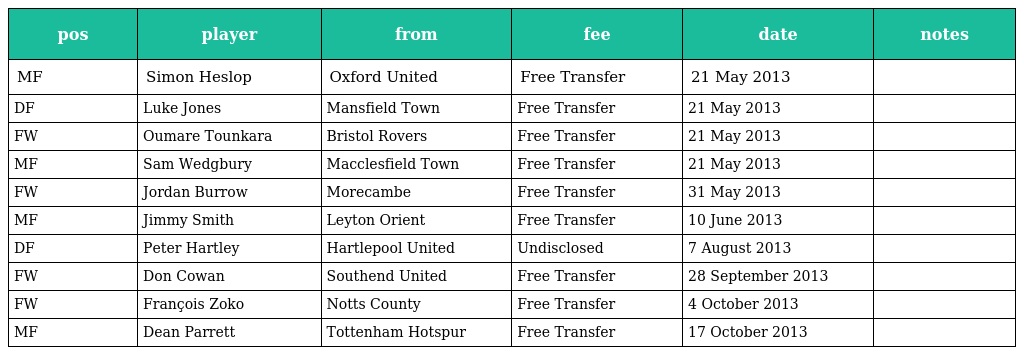
| pos | player | from | fee | date | notes |
 | --- | --- | --- | --- | --- | --- |
 | MF | Simon Heslop | Oxford United | Free Transfer | 21 May 2013 |  |
 | DF | Luke Jones | Mansfield Town | Free Transfer | 21 May 2013 |  |
 | FW | Oumare Tounkara | Bristol Rovers | Free Transfer | 21 May 2013 |  |
 | MF | Sam Wedgbury | Macclesfield Town | Free Transfer | 21 May 2013 |  |
 | FW | Jordan Burrow | Morecambe | Free Transfer | 31 May 2013 |  |
 | MF | Jimmy Smith | Leyton Orient | Free Transfer | 10 June 2013 |  |
 | DF | Peter Hartley | Hartlepool United | Undisclosed | 7 August 2013 |  |
 | FW | Don Cowan | Southend United | Free Transfer | 28 September 2013 |  |
 | FW | François Zoko | Notts County | Free Transfer | 4 October 2013 |  |
 | MF | Dean Parrett | Tottenham Hotspur | Free Transfer | 17 October 2013 |  |